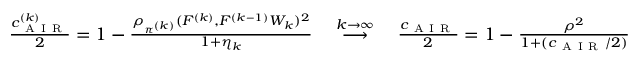
\begin{array} { r } { \frac { c _ { \mathrm { ~ A ~ I ~ R ~ } } ^ { ( k ) } } { 2 } = 1 - \frac { \rho _ { \pi ^ { ( k ) } } ( F ^ { ( k ) } , F ^ { ( k - 1 ) } W _ { k } ) ^ { 2 } } { 1 + \eta _ { k } } \quad \overset { k \to \infty } { \longrightarrow } \quad \frac { c _ { \mathrm { ~ A ~ I ~ R ~ } } } { 2 } = 1 - \frac { \rho ^ { 2 } } { 1 + ( c _ { \mathrm { ~ A ~ I ~ R ~ } } / 2 ) } } \end{array}